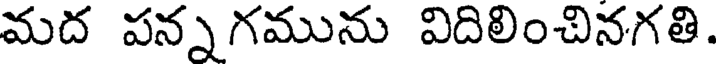
మద పన్న గమును విదిలించినగతి.